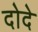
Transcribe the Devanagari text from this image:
दोदे